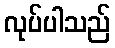
လုပ်ပါသည်